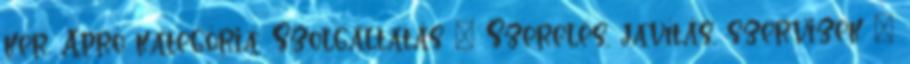
ker. Apró kategória: Szolgáltatás » Szerelés, javítás, szervizek »